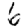
Digit: 6